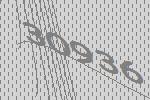
30936